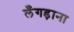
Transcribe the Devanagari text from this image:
लँगड़ाना